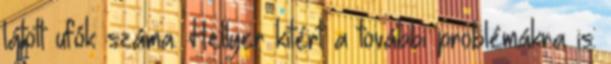
látott ufók száma. Hellyer kitért a további problémákra is: